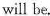
will be.